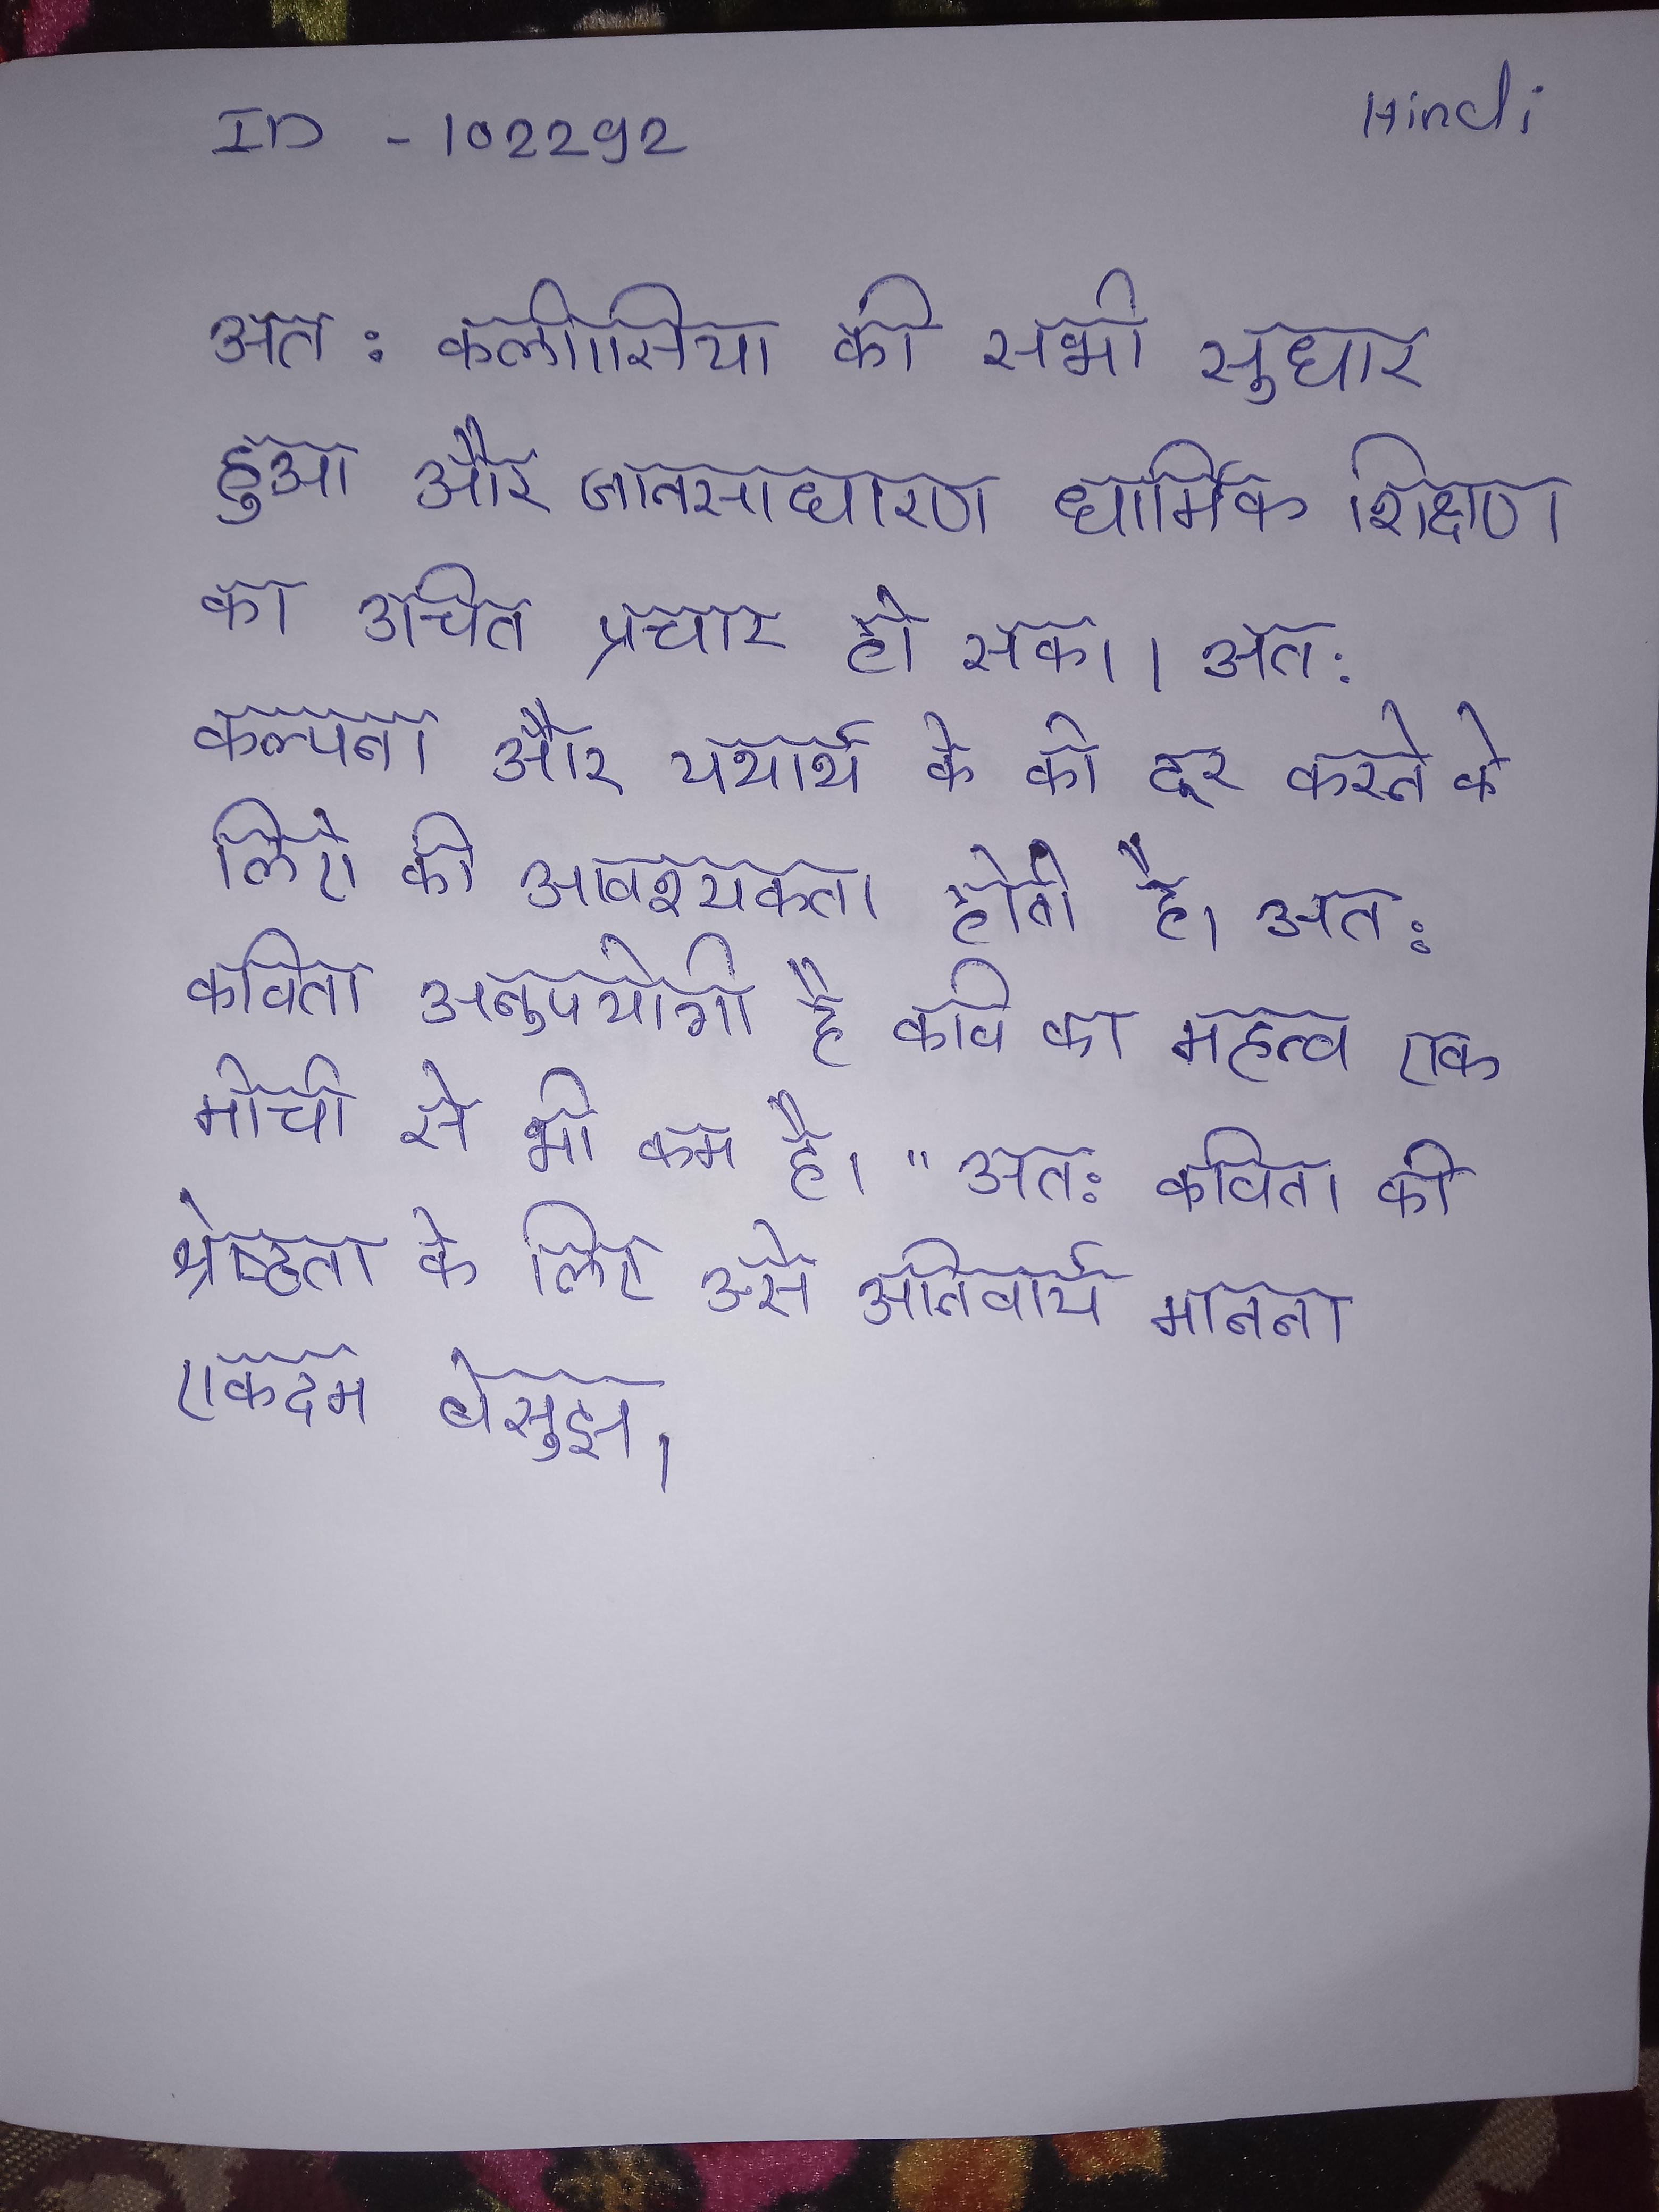
अत: कलीसिया की सभी सुधार हुआ और जनसाधारण धार्मिक शिक्षा का उचित प्रचार हो सका । अत: कल्पना और यथार्थ के को दूर करने के लिये की आवश्यकता होती है । अत: कविता अनुपयोगी है कवि का महत्त्व एक मोची से भी कम है।" अत: कविता की श्रेष्ठता के लिए उसे अनिवार्य मानना एकदम बेसूझ ।